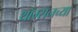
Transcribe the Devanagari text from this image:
थॉम्सनच्या